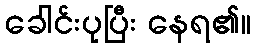
ခေါင်းပုပြီး နေရ၏။